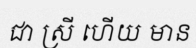
ជា ស្រី ហើយ មាន